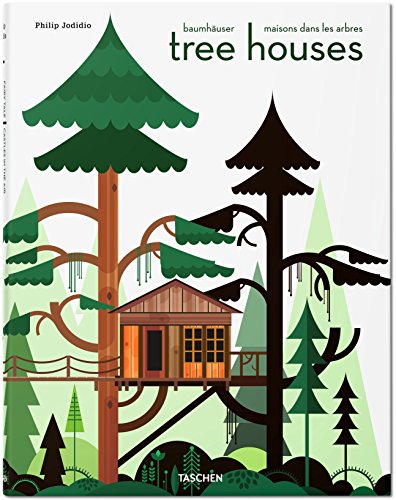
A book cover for Tree Houses: Fairy Tale Castles in the Air; Philip Jodidio; Crafts, Hobbies & Home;